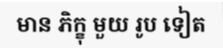
មាន ភិក្ខុ មួយ រូប ទៀត